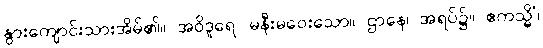
နွားကျောင်းသားအိမ်၏။ အဝိဒူရေ၊ မနီးမဝေးသော။ ဌာနေ၊ အရပ်၌။ ဧကသ္မိံ၊